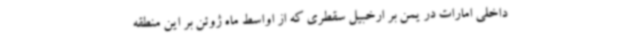
داخلی امارات در یمن بر ارخبیل سقطری که از اواسط ماه ژوئن بر این منطقه